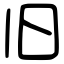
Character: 旧